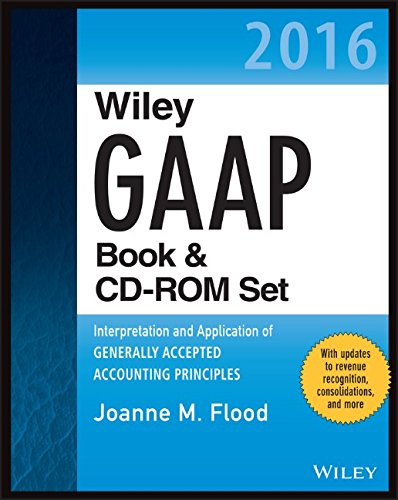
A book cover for Wiley GAAP 2016: Interpretation and Application of Generally Accepted Accounting Principles Set (Wiley Regulatory Reporting); Joanne M. Flood; Test Preparation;